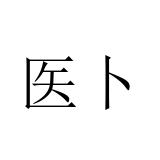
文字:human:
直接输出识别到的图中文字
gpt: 医卜